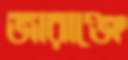
জারাঞ্জে